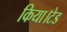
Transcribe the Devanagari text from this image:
किया।टेड